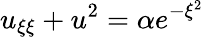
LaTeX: u_{\xi\xi}+u^{2}=\alpha e^{-\xi^{2}}